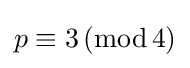
p\equiv 3\,(\mathrm {mod} \,4)